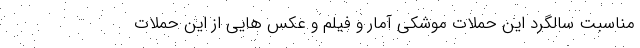
مناسبت سالگرد این حملات موشکی آمار و فیلم و عکس هایی از این حملات